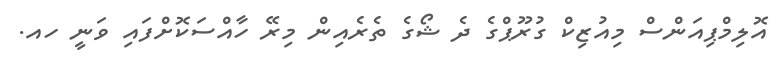
އޮލިމްޕިއަންސް މިއުޒިކް ގުރޫޕްގެ ދެ ޝޯގެ ތެރެއިން މިރޭ ހާއްސަކޮށްފައި ވަނީ ހއ.